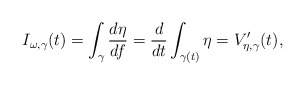
\begin{align*}I_{\omega,\gamma}(t)=\int_{\gamma}\frac{d\eta}{df}=\frac{d}{dt}\int_{\gamma(t)}\eta=V'_{\eta,\gamma}(t),\end{align*}